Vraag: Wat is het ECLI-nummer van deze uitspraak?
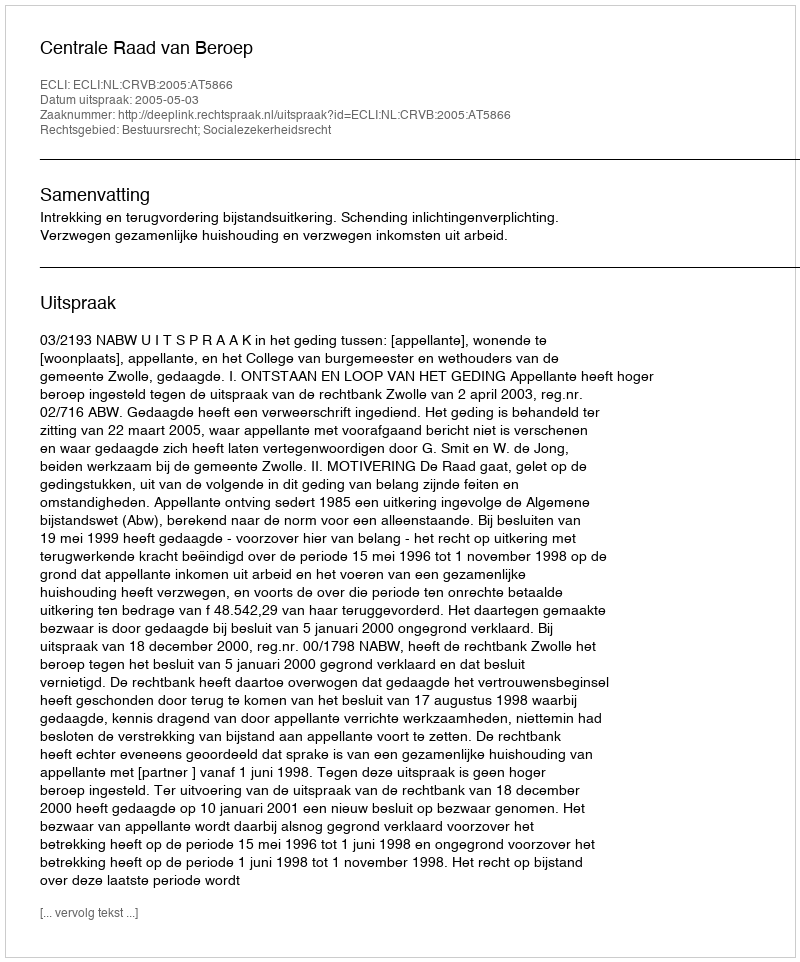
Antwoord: ECLI:NL:CRVB:2005:AT5866